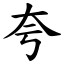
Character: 夸